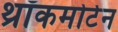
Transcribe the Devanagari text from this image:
थ्रॉकमोर्टन